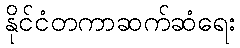
နိုင်ငံတကာဆက်ဆံရေး